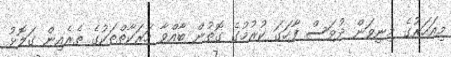
މިއަހަރުގެ މިނިވަން ދުވަސް ފާހަގަ ކުރުމުގެ ގޮތުން ބާއްވާ ހަރަކާތްތަކުގެ ތެރެއިން ގަލޮޅު